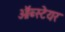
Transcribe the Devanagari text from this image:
ऑब्स्टेयर